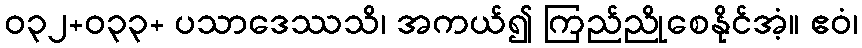
ဝ၃၂+ဝ၃၃+ ပသာဒေဿသိ၊ အကယ်၍ ကြည်ညိုစေနိုင်အံ့။ ဧဝံ၊